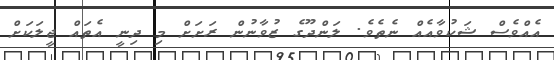
އެއްވެސް ޝަކުވާއެއް ނެތެވެ. ލަންދޫގެ ޒުވާނުން ރަށަށް މި ދިނީ އެތައް ޖީލަކަށް